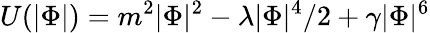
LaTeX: U(|\Phi|)=m^{2}|\Phi|^{2}-\lambda|\Phi|^{4}/2+\gamma|\Phi|^{6}